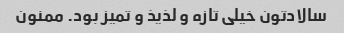
سالادتون خیلی تازه و لذیذ و تمیز بود. ممنون